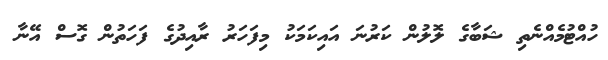
ހުއްޓުމެއްނެތި ޝަބާގެ ލޮލުން ކަރުނަ އައިކަމަކު މިފަހަރު ރާއިދުގެ ފަހަތުން ގޮސް އޭނާ